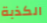
الكذبة